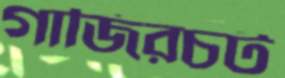
গাজিরচট